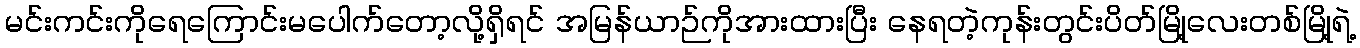
မင်းကင်းကိုရေကြောင်းမပေါက်တော့လို့ရှိရင် အမြန်ယာဉ်ကိုအားထားပြီး နေရတဲ့ကုန်းတွင်းပိတ်မြို့လေးတစ်မြို့ရဲ့